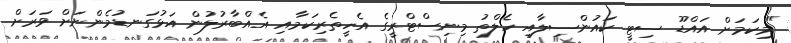
"މިކަމަށް އައްޑޫ ސިޓީ ކައުންސިލާއި ހެލްތު މިނިސްޓްރީގެ އެހީތެރިކަމާއި އެއްބާރުލުން އަޅުގަނޑުމެންނަށް ވަރަށް